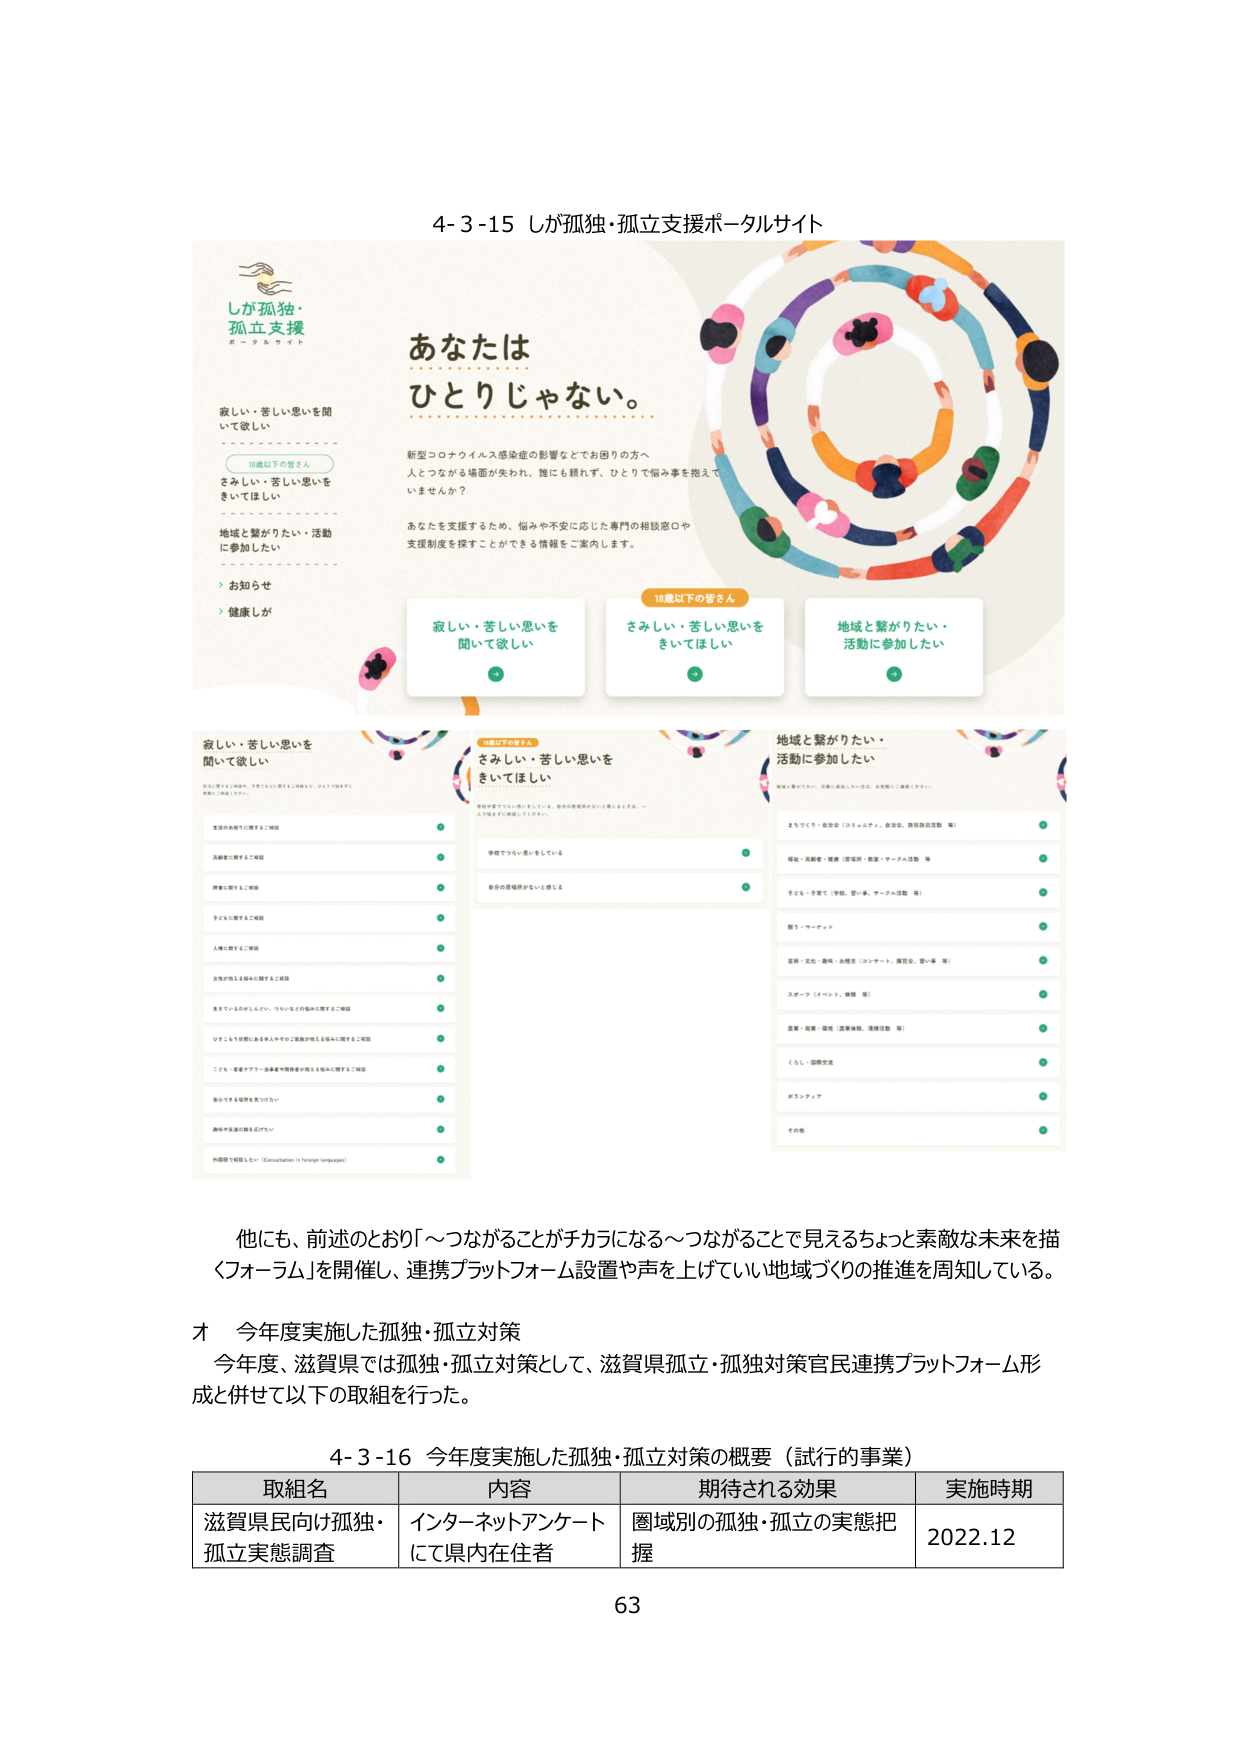
4-3-15 しが孤独・孤立支援ポータルサイト

しが孤独・
孤立支援
ポータルサイト

あなたは
ひとりじゃない。

寂しい・苦しい思いを
聞いて欲しい

18歳以下の皆さん
さみしい・苦しい思いを
きいてほしい

地域と繋がりたい・活動
に参加したい

お知らせ
健康しが

新型コロナウイルス感染症の影響などでお困りの方へ
人とつながる場面が失われ、誰にも頼れず、ひとりで悩み事を抱えて
いませんか？

あなたを支援するため、悩みや不安に応じた専門の相談窓口や
支援制度を探すことができる情報をご案内します。

寂しい・苦しい思いを
聞いて欲しい

さみしい・苦しい思いを
きいてほしい

地域と繋がりたい・
活動に参加したい

寂しい・苦しい思いを
聞いて欲しい

生活のあらゆる場面で、不安やつらい思いを抱えることはよくあります。
気軽にご相談ください。

生活のあらゆる場面でご相談
夫婦間で困ること相談
親子間で困ること相談
子どもに関するご相談
人間関係に関するご相談
女性が抱える悩みに関するご相談
生きているのがしんどい、つらいなどの悩みに関するご相談
ひきこもり状態にある人やそのご家族が抱える悩みに関するご相談
こども・若者ケア・当事者や関係者が抱える悩みに関するご相談
安心できる場所を見つけたい
海外や支えの場を広げたい
外国語で相談したい（Consultation in foreign languages）

18歳以下の皆さん
さみしい・苦しい思いを
きいてほしい

学校や家でつらい思いをしている、自分の感情がわからず困っています。一
人で抱えずに相談してください。

学校でつらい思いをしている
自分の感情がわからないと感じる

地域と繋がりたい・
活動に参加したい

地域と繋がりたい、活動に参加したい方は、お気軽にご連絡ください。

まちづくり・参加型（コミュニティ、自治会、防犯防災活動 等）
福祉・高齢者・健康（居場所・教室・サークル活動 等）
子ども・子育て（学校、習い事、サークル活動 等）
観光・マーケット
芸術・文化・趣味・お稽古（コンサート、展覧会、習い事 等）
スポーツ（イベント、体験 等）
産業・商業・農業（産業体験、清掃活動 等）
くらし・国際交流
ボランティア
その他

他にも、前述のとおり「つながることがチカラになる～つながることで見えるちょっと素敵な未来を描くフォーラム」を開催し、連携プラットフォーム設置や声を上げていい地域づくりの推進を周知している。

オ 今年度実施した孤独・孤立対策
今年度、滋賀県では孤独・孤立対策として、滋賀県孤立・孤独対策官民連携プラットフォーム形成と併せて以下の取組を行った。

4-3-16 今年度実施した孤独・孤立対策の概要（試行的事業）

取組名 内容 期待される効果 実施時期
滋賀県民向け孤独・孤立実態調査 インターネットアンケートにて県内在住者 圏域別の孤独・孤立の実態把握 2022.12

63